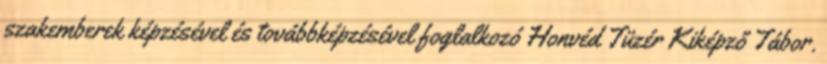
szakemberek képzésével és továbbképzésével foglalkozó Honvéd Tüzér Kiképző Tábor.